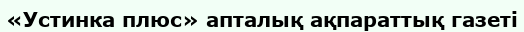
«Устинка плюс» апталық ақпараттық газеті